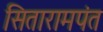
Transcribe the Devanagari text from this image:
सितारामपंत